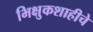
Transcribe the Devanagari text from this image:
भिक्षुकशाहीचे